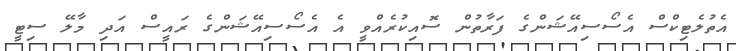
އެތުލެޓިކްސް އެސޯސިއޭޝަންގެ ފަރާތުން ސޮއިކުރެއްވީ އެ އެސޯސިއޭޝަންގެ ރައީސް އަދި މާލޭ ސިޓީ